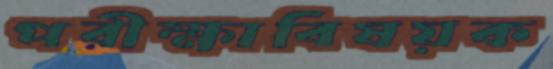
পরীক্ষাবিষয়ক